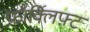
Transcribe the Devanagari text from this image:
फ़ॉर्क्लिफ़्ट